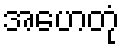
အဟေတုံ